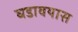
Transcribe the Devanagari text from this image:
घडावयास